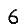
Digit: 6